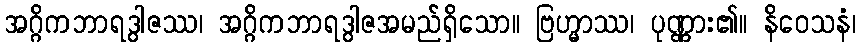
အဂ္ဂိကဘာရဒွါဇဿ၊ အဂ္ဂိကဘာရဒွါဇအမည်ရှိသော။ ဗြဟ္မာဿ၊ ပုဏ္ဏား၏။ နိဝေသနံ၊